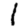
Digit: 1